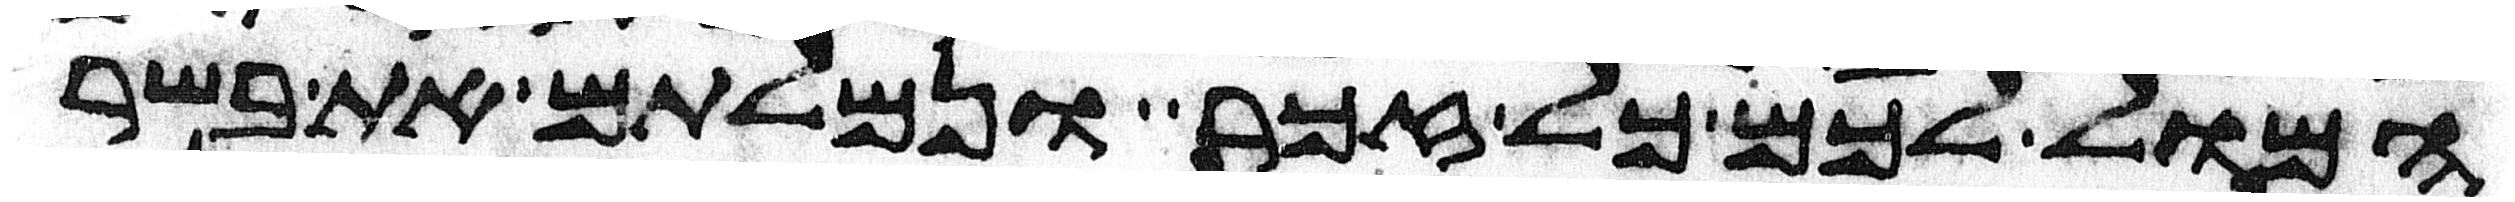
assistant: המול לכם כל זכר ונמלתם את בשר